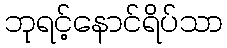
ဘုရင့်နောင်ရိပ်သာ